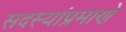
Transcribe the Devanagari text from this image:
सदस्यांप्रमाणे